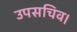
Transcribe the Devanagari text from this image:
उपसचिव।